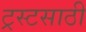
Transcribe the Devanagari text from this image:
ट्रस्टसाठी